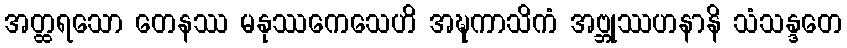
အတ္ထရသော တေနဿ မနုဿကေသေဟိ အဍ္ဎကာသိကံ အဗ္ဘုဿဟနာနိ သံသန္ဒတေ